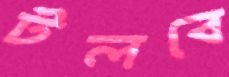
টলবে